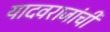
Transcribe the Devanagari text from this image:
यादवराजांची